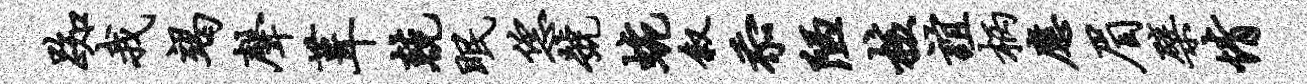
踟我竭声葺兢眠恁号蜿叙忝陋核谊柄应眉檗情